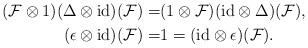
LaTeX: \begin{align*} (\mathcal{F}\otimes 1)(\Delta\otimes\mathrm{id})(\mathcal{F}) =&(1\otimes\mathcal{F})(\mathrm{id}\otimes\Delta)(\mathcal{F}),\\ (\epsilon\otimes\mathrm{id})(\mathcal{F}) =&1=(\mathrm{id}\otimes\epsilon)(\mathcal{F}).\end{align*}